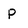
Character: P